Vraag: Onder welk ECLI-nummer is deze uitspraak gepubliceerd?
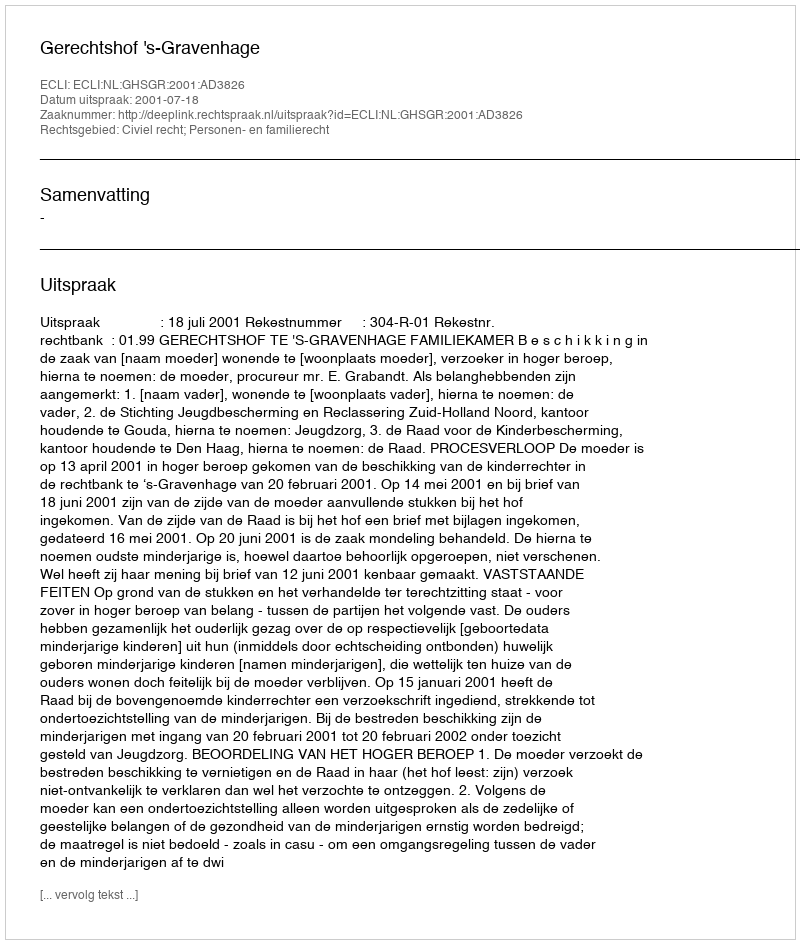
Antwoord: ECLI:NL:GHSGR:2001:AD3826